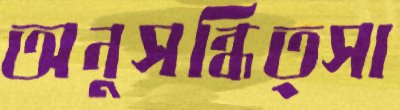
অনুসন্ধিত্সা